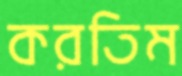
করতিম